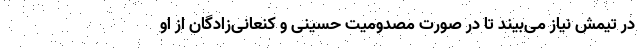
در تیمش نیاز می‌بیند تا در صورت مصدومیت حسینی و کنعانی‌زادگان از او